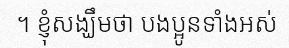
។ ខ្ញុំសង្ឃឹមថា បងប្អូនទាំងអស់